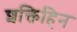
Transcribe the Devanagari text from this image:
शक्तिहिन